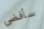
سأقضي